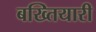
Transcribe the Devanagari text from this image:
बख्तियारी